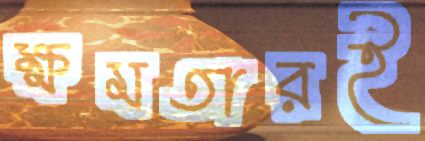
ক্ষমতারই